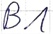
Text: B1